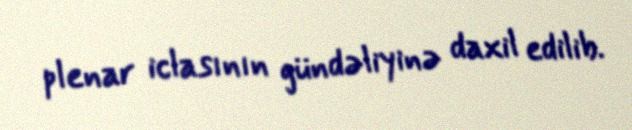
plenar iclasının gündəliyinə daxil edilib.